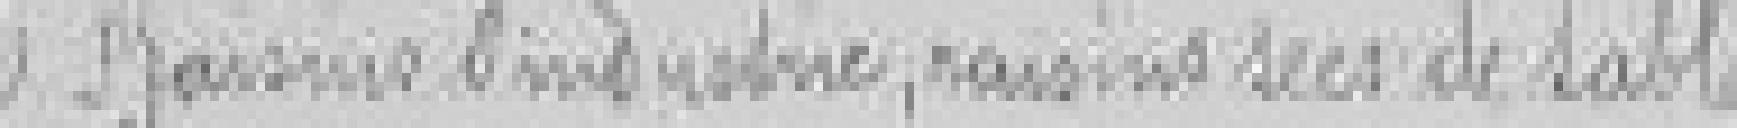
6. Raisons ***, raisins secs de sables